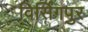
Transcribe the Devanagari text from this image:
विर्सिंगपुर